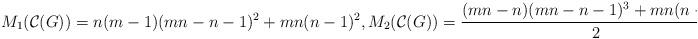
LaTeX: \begin{align*}M_{1}(\mathcal{C}(G))= n(m-1)(mn-n-1)^{2} + mn(n-1)^{2}, M_{2}(\mathcal{C}(G))= \dfrac{(mn-n)(mn-n-1)^{3}+mn(n-1)^{3}}{2},\end{align*}